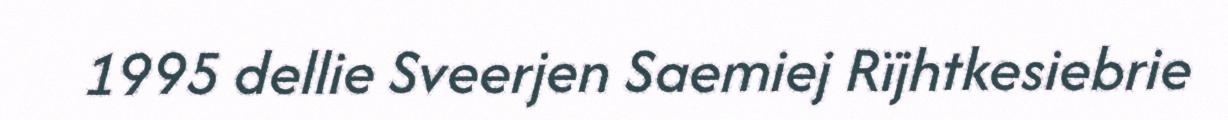
1995 dellie Sveerjen Saemiej Rïjhtkesiebrie